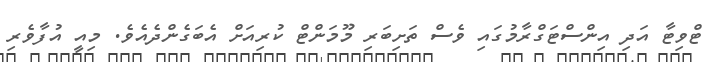
ޓްވިޓާ އަދި އިންސްޓަގްރާމުގައި ވެސް ތަށިބަރި މޫމަންޓް ކުރިއަށް އެބަގެންދެއެވެ. މިއީ އުފާވެރި